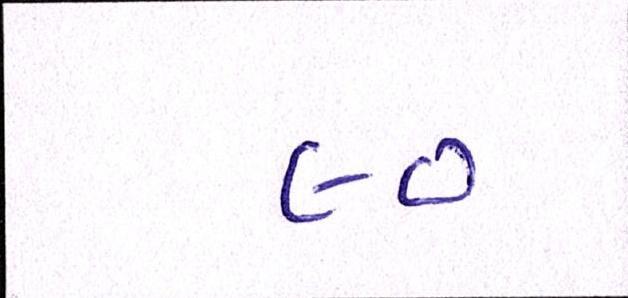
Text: ૯૦